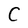
Character: C